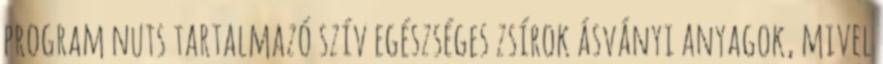
program nuts tartalmazó szív egészséges zsírok ásványi anyagok, mivel